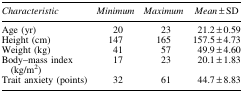
| Characteristic | Minimum | Maximum | Mean ± SD |
 | --- | --- | --- | --- |
 | Age (yr) | 20 | 23 | 21.2 ± 0.59 |
 | Height (cm) | 147 | 165 | 157.5 ± 4.73 |
 | Weight (kg) | 41 | 57 | 49.9 ± 4.60 |
 | Body–mass index (kg/m2) | 17 | 23 | 20.1 ± 1.83 |
 | Trait anxiety (points) | 32 | 61 | 44.7 ± 8.83 |